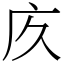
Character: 㡱